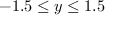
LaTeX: - 1 . 5 \leq y \leq 1 . 5